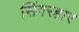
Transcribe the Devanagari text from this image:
सिंगरहार